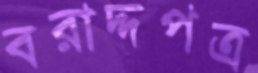
বরাদ্দপত্র